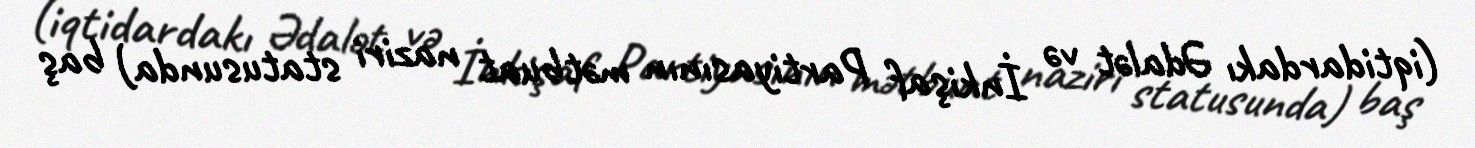
(iqtidardakı Ədalət və İnkişaf Partiyasının mətbuat naziri statusunda) baş